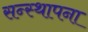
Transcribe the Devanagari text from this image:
सन्स्थापना